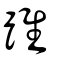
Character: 踓